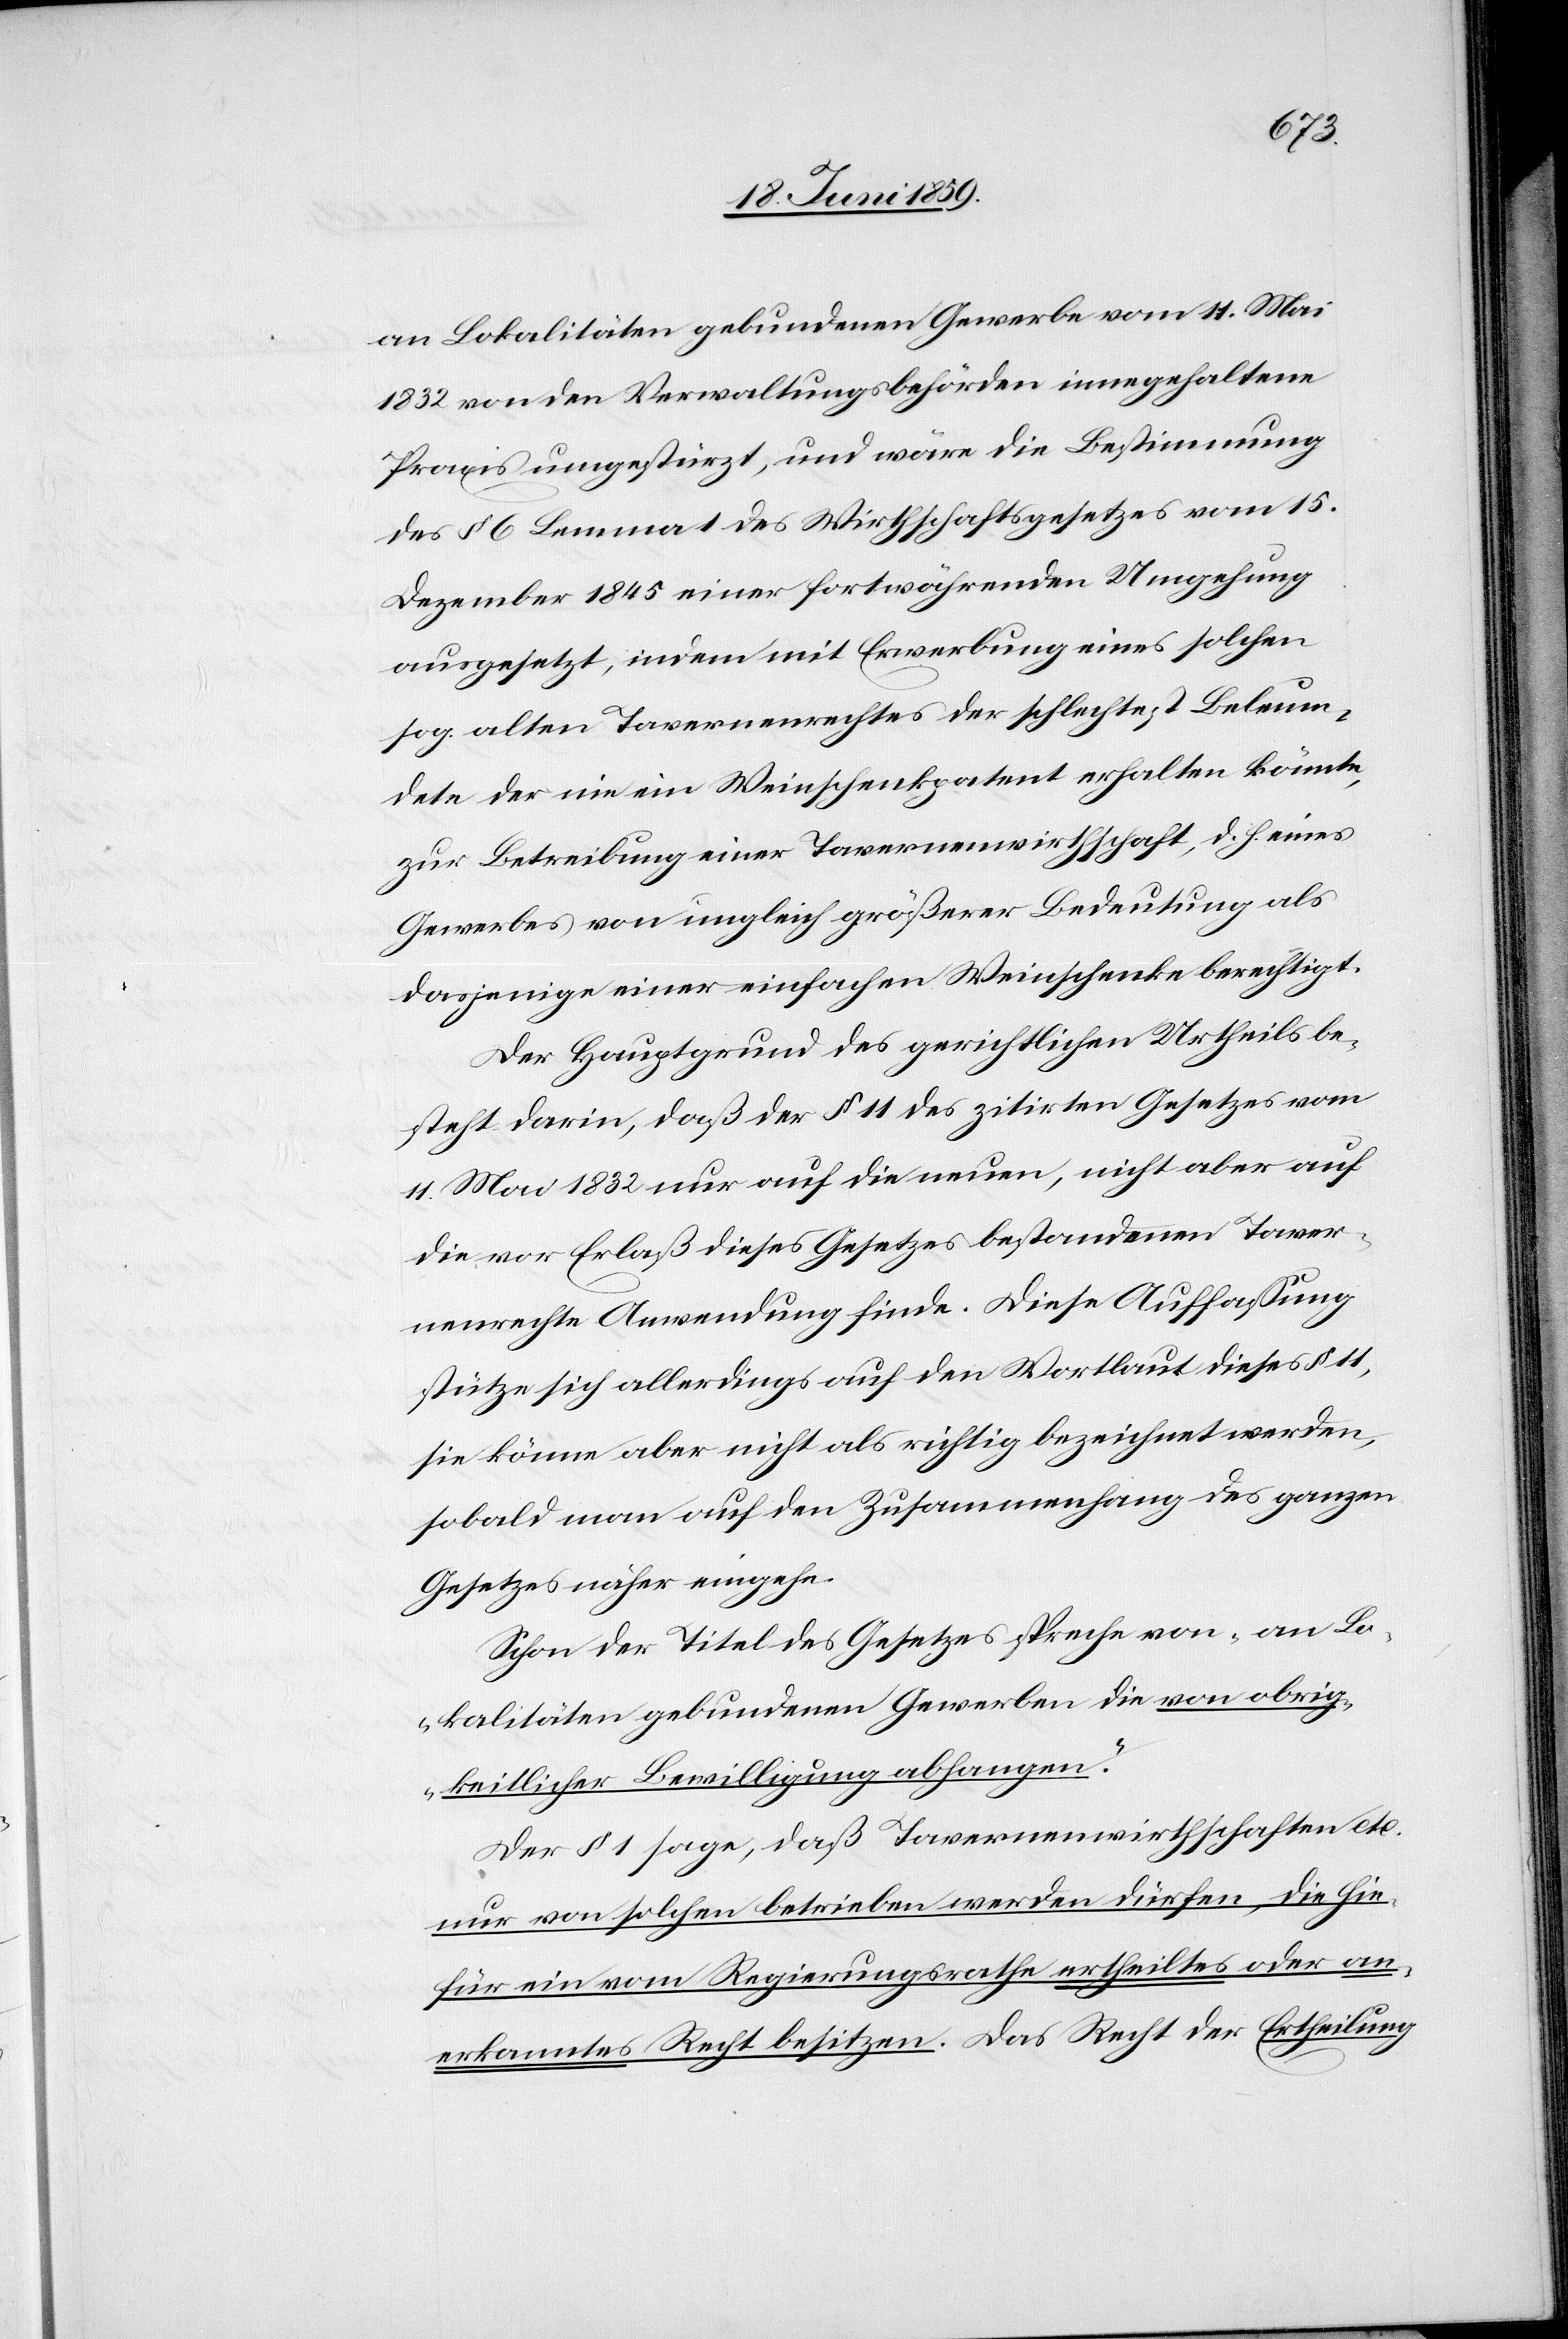
an Lokalitäten gebundenen Gewerbe vom 11. Mai
1832 von den Verwaltungsbehörden inngehaltene
Praxis umgestürzt, und wäre die Bestimmung
des § 6 Lemma des Wirtschaftsgesetzes vom 15.
Dezember 1845 einer fortwährenden Umgehung
ausgesetzt, indem mit Erwerbung eines solchen
sog. alten Tavernenrechtes der schlechtest Beleum¬
dete der nie ein Weinschenkpatent erhalten könnte
zur Betreibung einer Tavernenwirthschaft, d .h. eines
Gewerbes von ungleich größerer Bedeutung als
dasjenige einer einfachen Weinschenke berechtigt.
Der Hauptgrund des gerichtlichen Urtheils be¬
steht darin, daß der § 11 des zitirten Gesetzes vom
11. Mai 1832 nur auf die neuen, nicht aber auf
die vor Erlaß dieses Gesetzes bestandenen Taver¬
nenrechte Anwendung finde. Diese Auffassung
stütze sich allerdings auf den Wortlaut dieses § 11,
sie könne aber nicht als richtig bezeichnet werden,
sobald man auf den Zusammenhang des ganzen
Gesetzes näher eingehe.
Schon der Titel des Gesetzes spreche von „an Lo¬
kalitäten gebundenen Gewerben die von obrig¬
keitlicher Bewilligung abhangen.“
Der § 1 sage, daß Tavernenwirthschaften etc.
nur von solchen betrieben werden dürfen, die hie¬
für ein vom Regierungsrathe ertheiltes oder an¬
erkanntes Recht besitzen. Das Recht der Ertheilung